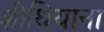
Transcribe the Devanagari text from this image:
शीथियाना